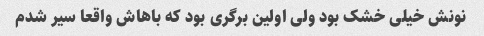
نونش خیلی خشک بود ولی اولین برگری بود که باهاش واقعا سیر شدم